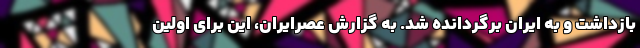
بازداشت و به ایران برگردانده شد. به گزارش عصرایران، این برای اولین